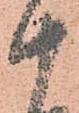
十